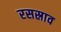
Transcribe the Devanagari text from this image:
रसस्राव